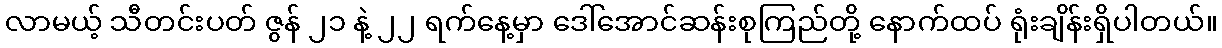
လာမယ့် သီတင်းပတ် ဇွန် ၂၁ နဲ့ ၂၂ ရက်နေ့မှာ ဒေါ်အောင်ဆန်းစုကြည်တို့ နောက်ထပ် ရုံးချိန်းရှိပါတယ်။